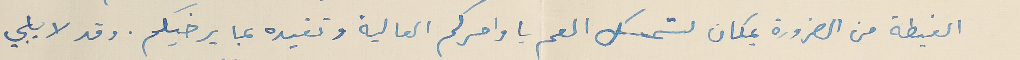
الغبطة من الضرورة بمكان لتمسك العم باوامركم العالية وتفيده بما يرضيكم. وقد لا يلبي